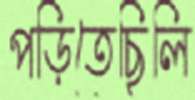
পড়িতেছিলি